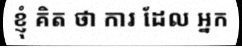
ខ្ញុំ គិត ថា ការ ដែល អ្នក